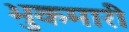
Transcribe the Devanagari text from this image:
भुकमारी